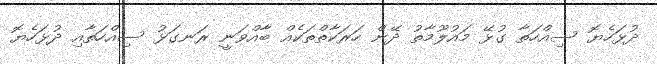
ދުޅަހެޔޮ ސިއްހަތާ ގުޅޭ މައުލޫމާތު ދޭން ހަރަކާތްތަކެއް ބާއްވަނީ ރަނގަޅު ސިއްހަތާއި ދުޅަހެޔޮ